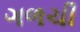
ગળચી